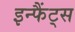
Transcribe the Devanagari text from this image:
इन्फैंट्स